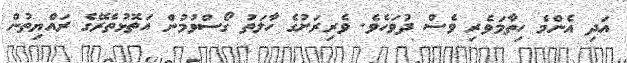
އަދި އެންމެ ހިތާމަވެރި ވެސް ދުވަހެވެ. ވެރިރަށުގެ ހާލަތު ގޯސްވުމުން އަތޮޅުތެރޭގެ ރައްޔިތުން